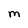
Character: M